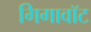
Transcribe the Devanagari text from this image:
गिगावॉट